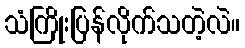
သံကြိုးပြန်လိုက်သတဲ့လဲ။